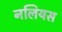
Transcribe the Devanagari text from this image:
नलियस